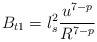
\begin{align*}B_{t1} = l_s^2 \frac{u^{7-p}}{R^{7-p}}\end{align*}